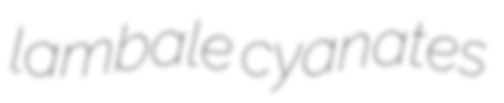
lambale cyanates